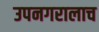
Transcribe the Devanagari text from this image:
उपनगरालाच